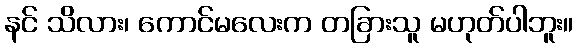
နင် သိလား၊ ကောင်မလေးက တခြားသူ မဟုတ်ပါဘူး။